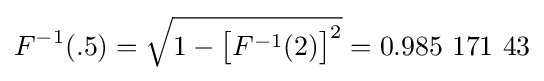
F^{-1}(.5)={\sqrt {1-{\big [}F^{-1}(2){\big ]}^{2}}}=0.985\ 171\ 43